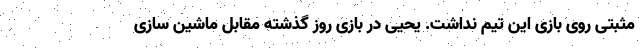
مثبتی روی بازی این تیم نداشت. یحیی در بازی روز گذشته مقابل ماشین سازی